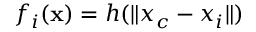
f _ { i } ( \mathbf { x } ) = h ( \| x _ { c } - x _ { i } \| )